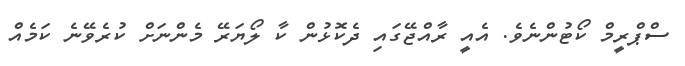
ސްޕްރީމް ކޯޓުންނެވެ. އެއީ ރާއްޖޭގައި ދެކޮޅުން ކާ ލޯޔަރޭ މެންނަށް ކުރެވޭނެ ކަމެއް